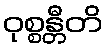
ဝုစ္စန္တီတိ